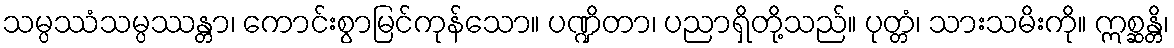
သမ္ပဿံသမ္ပဿန္တာ၊ ကောင်းစွာမြင်ကုန်သော။ ပဏ္ဍိတာ၊ ပညာရှိတို့သည်။ ပုတ္တံ၊ သားသမိးကို။ ဣစ္ဆန္တိ၊